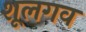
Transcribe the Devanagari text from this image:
शूलगव